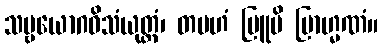
သဗ္ဗယောဂဝိသံယုတ္တံ၊ တမဟံ ဗြူမိ ဗြာဟ္မဏံ။